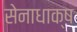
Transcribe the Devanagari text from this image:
सेनाधाक्ष